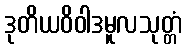
ဒုတိယဝိဝါဒမူလသုတ္တံ